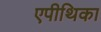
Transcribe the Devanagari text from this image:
एपीथिका